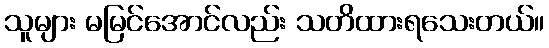
သူများ မမြင်အောင်လည်း သတိထားရသေးတယ်။